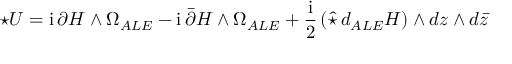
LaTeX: \star U = \mathrm { i } \, \partial H \wedge \Omega _ { A L E } - \mathrm { i } \, \bar { \partial } H \wedge \Omega _ { A L E } + \frac { \mathrm { i } } { 2 } \left( \hat { \star } \, d _ { A L E } H \right) \wedge d z \wedge d \bar { z }